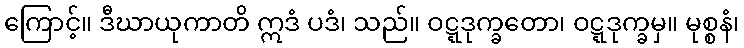
ကြောင့်။ ဒီဃာယုကာတိ ဣဒံ ပဒံ၊ သည်။ ဝဋ္ဋဒုက္ခတော၊ ဝဋ္ဋဒုက္ခမှ။ မုစ္စနံ၊